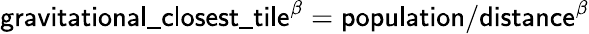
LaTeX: \mathsf{gravitational\_ closest\_ tile^{\beta}=population/distance^{\beta}}